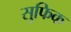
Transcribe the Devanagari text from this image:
सुफिक